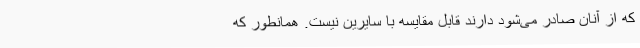
که از آنان صادر می‌شود دارند قابل مقایسه با سایرین نیست. همانطور که